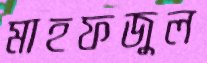
মাহফজুল